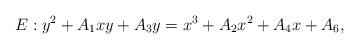
LaTeX: \begin{align*} E: y^2 + A_1xy + A_3y = x^3 + A_2x^2 + A_4x + A_6,\end{align*}